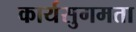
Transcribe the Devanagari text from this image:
कार्यसुगमता